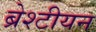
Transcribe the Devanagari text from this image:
ब्रेश्टीयन